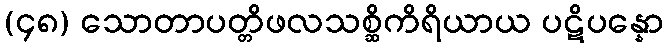
(၄၈) သောတာပတ္တိဖလသစ္ဆိကိရိယာယ ပဋိပန္နော